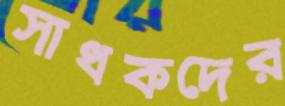
সাধকদের